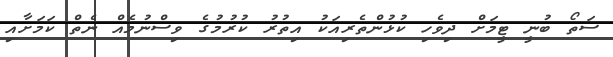
ސަތޯ ބުނީ ޓީމަށް ދިވެހި ކުޅުންތެރިއަކު އިތުރު ކުރުމުގެ ވިސްނުމެއް ނެތް ކަމަށާއި